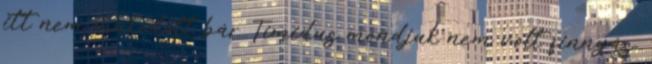
itt nem működött bár Timidus mondjuk nem volt finnyás,